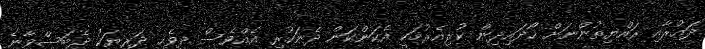
ދައުރާއި ރައްޔިތުންނަށް ހޯދައިދިން ކުރިއެރުމަކީ އެކަންކަން ދެނަހުރި އެއްވެސް ދިވެހި ދަރިޔަކު ދެބަސްވާނެ